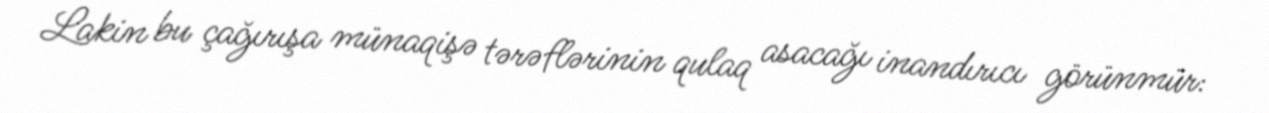
Lakin bu çağırışa münaqişə tərəflərinin qulaq asacağı inandırıcı görünmür: